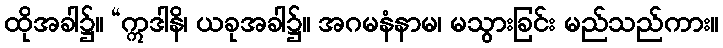
ထိုအခါ၌။ “ဣဒါနိ၊ ယခုအခါ၌။ အဂမနံနာမ၊ မသွားခြင်း မည်သည်ကား။